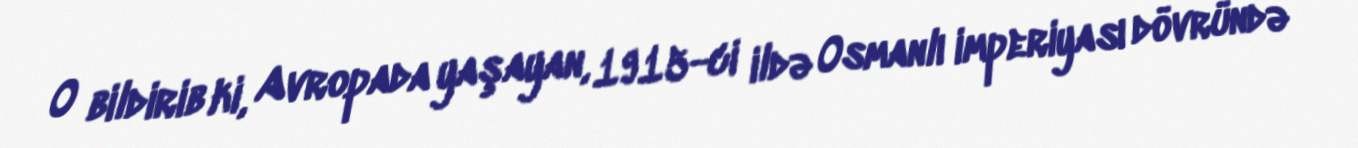
O bildirib ki, Avropada yaşayan, 1915-ci ildə Osmanlı imperiyası dövründə